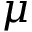
\mu